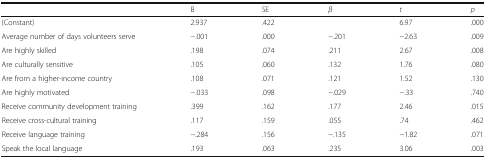
<table><thead><tr><td></td><td><b>B</b></td><td><b>SE</b></td><td><b><i>β</i></b></td><td><b><i>t</i></b></td><td><b><i>p</i></b></td></tr></thead><tbody><tr><td>(Constant)</td><td>2.937</td><td>.422</td><td></td><td>6.97</td><td>.000</td></tr><tr><td>Average number of days volunteers serve</td><td>−.001</td><td>.000</td><td>−.201</td><td>−2.63</td><td>.009</td></tr><tr><td>Are highly skilled</td><td>.198</td><td>.074</td><td>.211</td><td>2.67</td><td>.008</td></tr><tr><td>Are culturally sensitive</td><td>.105</td><td>.060</td><td>.132</td><td>1.76</td><td>.080</td></tr><tr><td>Are from a higher-income country</td><td>.108</td><td>.071</td><td>.121</td><td>1.52</td><td>.130</td></tr><tr><td>Are highly motivated</td><td>−.033</td><td>.098</td><td>−.029</td><td>−.33</td><td>.740</td></tr><tr><td>Receive community development training</td><td>.399</td><td>.162</td><td>.177</td><td>2.46</td><td>.015</td></tr><tr><td>Receive cross-cultural training</td><td>.117</td><td>.159</td><td>.055</td><td>.74</td><td>.462</td></tr><tr><td>Receive language training</td><td>−.284</td><td>.156</td><td>−.135</td><td>−1.82</td><td>.071</td></tr><tr><td>Speak the local language</td><td>.193</td><td>.063</td><td>.235</td><td>3.06</td><td>.003</td></tr></tbody></table>